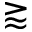
\gtrapprox